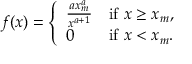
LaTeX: f ( x ) = { \left\{ \begin{array} { l l } { { \frac { a x _ { m } ^ { a } } { x ^ { a + 1 } } } } & { { \mathrm { i f ~ } } x \geq x _ { m } , } \\ { 0 } & { { \mathrm { i f ~ } } x < x _ { m } . } \end{array} \right. }